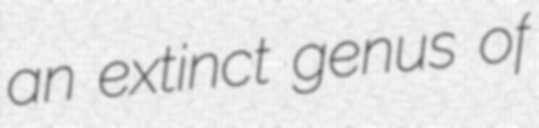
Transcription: an extinct genus of